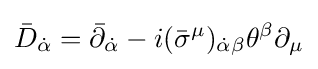
{\bar {D}}_{\dot {\alpha }}={\bar {\partial }}_{\dot {\alpha }}-i({\bar {\sigma }}^{\mu })_{{\dot {\alpha }}\beta }\theta ^{\beta }\partial _{\mu }